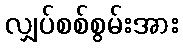
လျှပ်စစ်စွမ်းအား